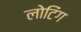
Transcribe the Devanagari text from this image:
लोटिंग